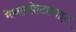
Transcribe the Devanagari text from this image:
मेथामफेटामाइन